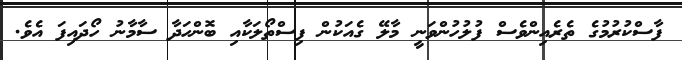
ފާސްކުރުމުގެ ތެރެއިންވެސް ފުލުހުންވަނީ މާލޭ ގެއަކުން ފިސްތޯލަކާއި ބޮންހަދާ ސާމާނު ހޯދައިފަ އެވެ.